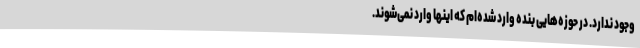
وجود ندارد. در حوزه‌هایی بنده وارد شده‌ام که اینها وارد نمی‌شوند.